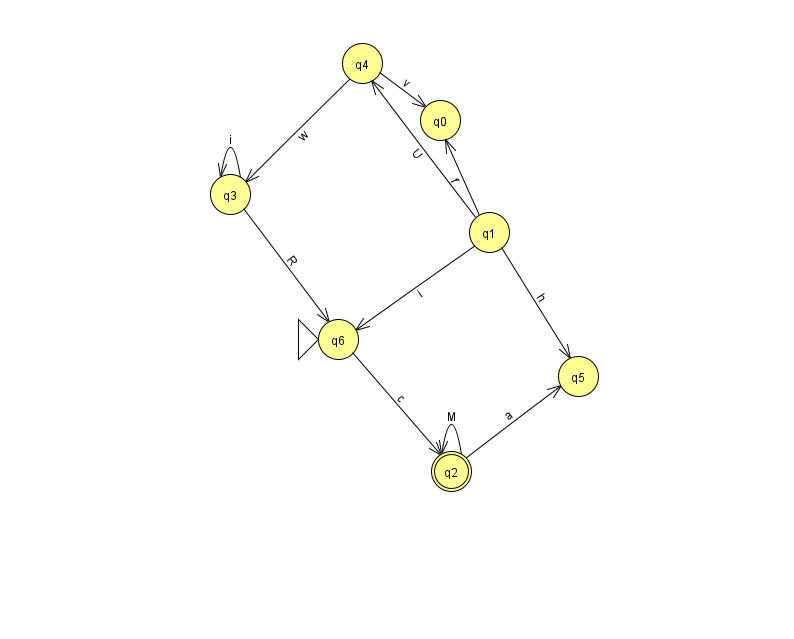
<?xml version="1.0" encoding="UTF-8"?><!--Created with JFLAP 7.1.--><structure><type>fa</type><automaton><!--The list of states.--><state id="0" name="q0"><x>440.0</x><y>107.0</y></state><state id="1" name="q1"><x>489.0</x><y>219.0</y></state><state id="2" name="q2"><x>451.0</x><y>458.0</y><final/></state><state id="3" name="q3"><x>230.0</x><y>181.0</y></state><state id="4" name="q4"><x>362.0</x><y>50.0</y></state><state id="5" name="q5"><x>578.0</x><y>363.0</y></state><state id="6" name="q6"><x>338.0</x><y>326.0</y><initial/></state><!--The list of transitions.--><transition><from>4</from><to>3</to><read>w</read></transition><transition><from>4</from><to>0</to><read>v</read></transition><transition><from>1</from><to>6</to><read>i</read></transition><transition><from>3</from><to>3</to><read>i</read></transition><transition><from>6</from><to>2</to><read>c</read></transition><transition><from>1</from><to>5</to><read>h</read></transition><transition><from>2</from><to>2</to><read>M</read></transition><transition><from>2</from><to>5</to><read>a</read></transition><transition><from>1</from><to>0</to><read>f</read></transition><transition><from>1</from><to>4</to><read>U</read></transition><transition><from>3</from><to>6</to><read>R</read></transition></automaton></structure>